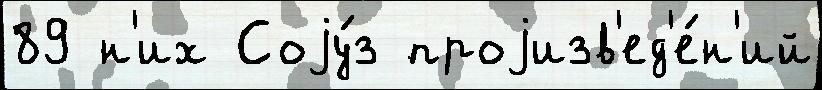
89 н'их Соjу́з проjизв'ед'е́н'ий